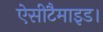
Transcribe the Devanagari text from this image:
ऐसीटैमाइड।